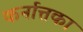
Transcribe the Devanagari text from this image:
कर्नात्तका